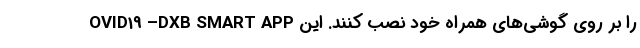
OVID19 –DXB SMART APP را بر روی گوشی‌های همراه خود نصب کنند. این